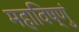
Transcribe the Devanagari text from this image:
महाविष्णुं